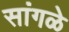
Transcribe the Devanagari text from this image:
सांगळे